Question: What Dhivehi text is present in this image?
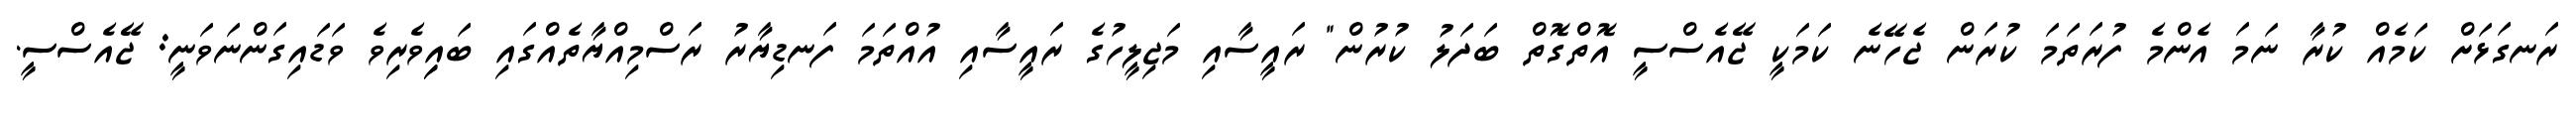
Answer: ރަނގަޅަށް ކަމެއް ކުރާ ނަމަ އެންމެ ފުރަތަމަ ކުރަން ޖެހޭނެ ކަމަކީ ޖޭއެސްސީ އޮތްގޮތް ބަދަލު ކުރުން" ރައީސާއި މަޖިލީހުގެ ރައީސާއި އުއްތަމަ ފަނޑިޔާރު ރަސްމިއްޔާތެއްގައި ބައިިވެރިވެ ވަޑައިގަންނަވަނީ: ޖޭއެސްސީ.